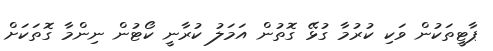
ޕާޓީތަކުން ވަކި ކުރުމާ ގުޅޭ ގޮތުން އަމަލު ކުރާނީ ކޯޓުން ނިންމާ ގޮތަކަށް